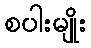
စပါးမျိုး